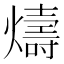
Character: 燽